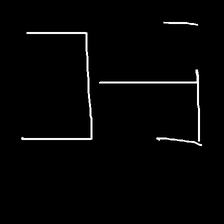
Glyph: entwine